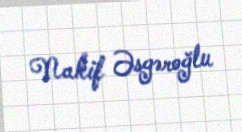
Nakif Əsgəroğlu